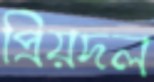
প্রিয়দল